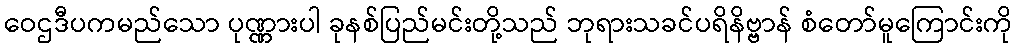
ဝေဌဒီပကမည်သော ပုဏ္ဏားပါ ခုနစ်ပြည်မင်းတို့သည် ဘုရားသခင်ပရိနိဗ္ဗာန် စံတော်မူကြောင်းကို